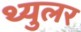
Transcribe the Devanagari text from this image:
थ्युलर